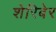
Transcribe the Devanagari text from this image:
शेरिबेर